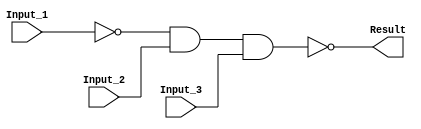
/******************************************************************************
 ** Logisim goes FPGA automatic generated Verilog code                       **
 **                                                                          **
 ** Component : NAND_GATE_3_INPUTS                                           **
 **                                                                          **
 ******************************************************************************/

module NAND_GATE_3_INPUTS( Input_1,
                           Input_2,
                           Input_3,
                           Result);

   /***************************************************************************
    ** Here all module parameters are defined with a dummy value             **
    ***************************************************************************/
   parameter BubblesMask = 1;


   /***************************************************************************
    ** Here the inputs are defined                                           **
    ***************************************************************************/
   input  Input_1;
   input  Input_2;
   input  Input_3;

   /***************************************************************************
    ** Here the outputs are defined                                          **
    ***************************************************************************/
   output Result;

   /***************************************************************************
    ** Here the internal wires are defined                                   **
    ***************************************************************************/
   wire s_real_input_1;
   wire s_real_input_2;
   wire s_real_input_3;
   wire[2:0] s_signal_invert_mask;


   /***************************************************************************
    ** Here the bubbles are processed                                        **
    ***************************************************************************/
   assign s_signal_invert_mask = BubblesMask;
   assign s_real_input_1 = (s_signal_invert_mask[0]) ? ~Input_1: Input_1;
   assign s_real_input_2 = (s_signal_invert_mask[1]) ? ~Input_2: Input_2;
   assign s_real_input_3 = (s_signal_invert_mask[2]) ? ~Input_3: Input_3;

   /***************************************************************************
    ** Here the functionality is defined                                     **
    ***************************************************************************/
   assign Result = ~(s_real_input_1 &
                     s_real_input_2 &
                     s_real_input_3);


endmodule